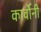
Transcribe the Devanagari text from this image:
कार्वोनी